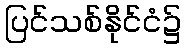
ပြင်သစ်နိုင်ငံ၌